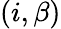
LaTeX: (i,\beta)